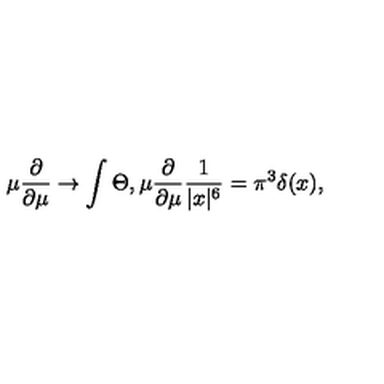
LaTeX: \mu { \frac { \partial } { \partial \mu } } \rightarrow \int \Theta , \mu { \frac { \partial } { \partial \mu } } { \frac { 1 } { | x | ^ { 6 } } } = \pi ^ { 3 } \delta ( x ) ,